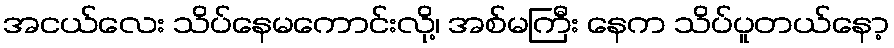
အငယ်လေး သိပ်နေမကောင်းလို့၊ အစ်မကြီး နေက သိပ်ပူတယ်နော့